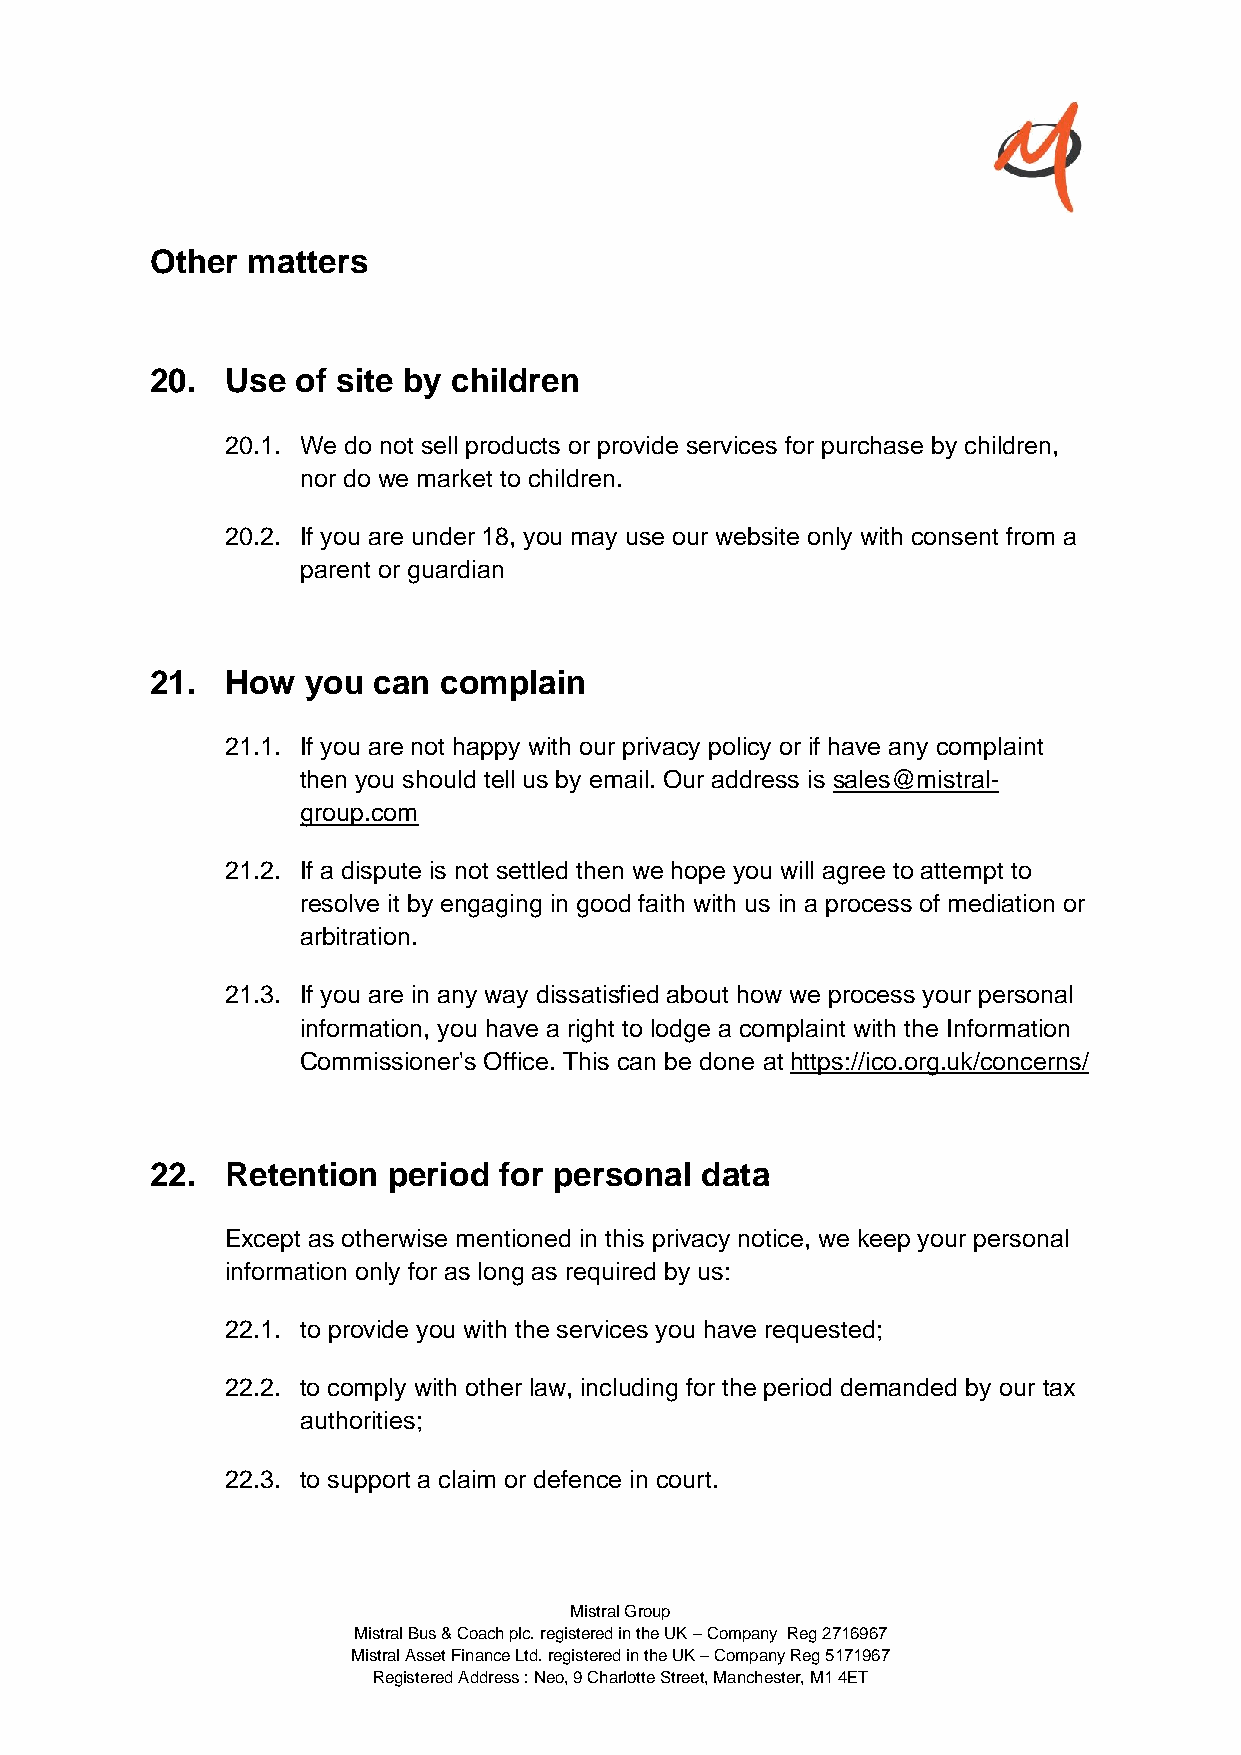
Other matters
 20.  Use  of site by children
 20.1. We do not sell products or provide services for purchase by children,
 nor do we market to children.
 20.2. If you are under 18, you may use our website only with consent from a
 parent or guardian
 21.  How  you  can complain
 21.1. If you are not happy with our privacy policy or if have any complaint
 then you should tell us by email. Our address is sales@mistral-
 group.com
 21.2. If a dispute is not settled then we hope you will agree to attempt to
 resolve it by engaging in good faith with us in a process of mediation or
 arbitration.
 21.3. If you are in any way dissatisfied about how we process your personal
 information, you have a right to lodge a complaint with the Information
 Commissioner's Office. This can be done at https://ico.org.uk/concerns/
 22.  Retention  period for personal data
 Except as otherwise mentioned in this privacy notice, we keep your personal
 information only for as long as required by us:
 22.1. to provide you with the services you have requested;
 22.2. to comply with other law, including for the period demanded by our tax
 authorities;
 22.3. to support a claim or defence in court.
 Mistral Group
 Mistral Bus & Coach plc. registered in the UK – Company Reg 2716967
 Mistral Asset Finance Ltd. registered in the UK – Company Reg 5171967
 Registered Address : Neo, 9 Charlotte Street, Manchester, M1 4ET